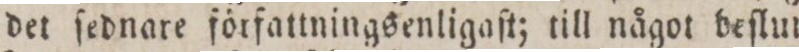
det ſednare författningsenligaſt; till något beſlut